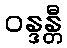
ဝန္ဒန္တီ